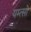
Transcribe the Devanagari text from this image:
यम्त्सो